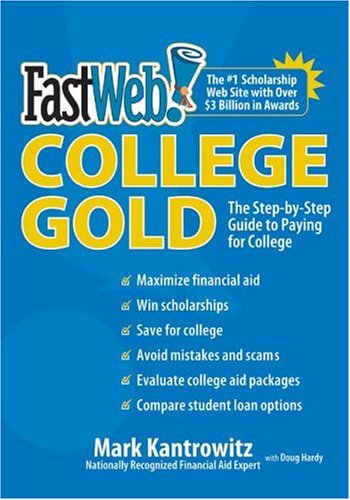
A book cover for FastWeb College Gold: The Step-by-Step Guide to Paying for College; Mark Kantrowitz; Business & Money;